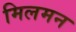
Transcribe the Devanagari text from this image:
मिलमन